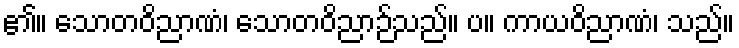
၏။ သောတဝိညာဏံ၊ သောတဝိညာဉ်သည်။ ပ။ ကာယဝိညာဏံ၊ သည်။